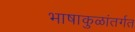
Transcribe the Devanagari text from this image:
भाषाकुळांतर्गत